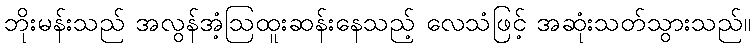
ဘိုးမန်းသည် အလွန်အံ့ဩထူးဆန်းနေသည့် လေသံဖြင့် အဆုံးသတ်သွားသည်။